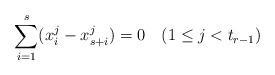
LaTeX: \begin{align*}\sum_{i=1}^s ( x_i^j - x_{s+i}^j ) = 0 \phantom{12} (1 \leq j < t_{r-1})\end{align*}